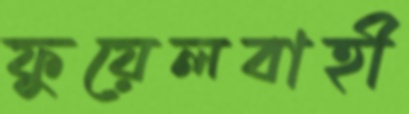
ফুয়েলবাহী